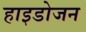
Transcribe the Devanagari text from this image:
हाइडोजन